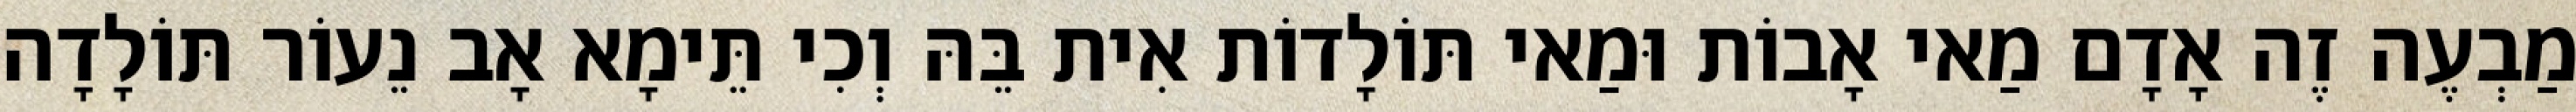
מַבְעֶה זֶה אָדָם מַאי אָבוֹת וּמַאי תּוֹלָדוֹת אִית בֵּהּ וְכִי תֵּימָא אָב נֵעוֹר תּוֹלָדָה